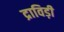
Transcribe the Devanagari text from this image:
द्राविड़ी